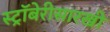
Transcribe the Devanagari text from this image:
स्ट्रॉबेरीसारखी